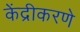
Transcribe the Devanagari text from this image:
केंद्रीकरणे